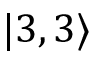
\vert 3 , 3 \rangle